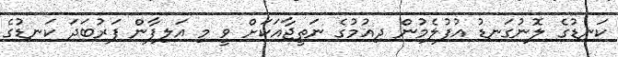
ކަނޑުގެ ލޮނުގަނޑު އުފުލެމުން ދިއުމުގެ ނަތީޖާއަކަށް ވީ މި އަލިފާން ފަރުބަދަ ކަނޑުގެ